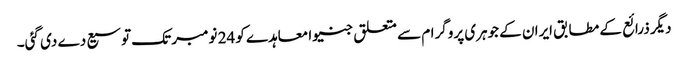
دیگر ذرائع کے مطابق ایران کے جوہری پروگرام سے متعلق جنیوا معاہدے کو 24 نومبر تک توسیع دے دی گئی۔